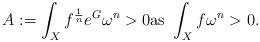
LaTeX: \begin{align*}A:=\int_X f^\frac{1}{n} e^G \omega^n>0 \mbox{as } \int_X f\omega^n>0.\end{align*}